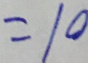
= 1 0